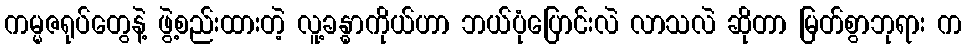
ကမ္မဇရုပ်တွေနဲ့ ဖွဲ့စည်းထားတဲ့ လူ့ခန္ဓာကိုယ်ဟာ ဘယ်ပုံပြောင်းလဲ လာသလဲ ဆိုတာ မြတ်စွာဘုရား က